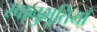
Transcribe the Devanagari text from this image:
स्वानुभूतियाँ